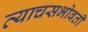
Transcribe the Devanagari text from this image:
त्याचसभोवती